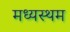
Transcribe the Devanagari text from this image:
मध्‍यस्‍थम